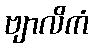
ဗျာလိကံ